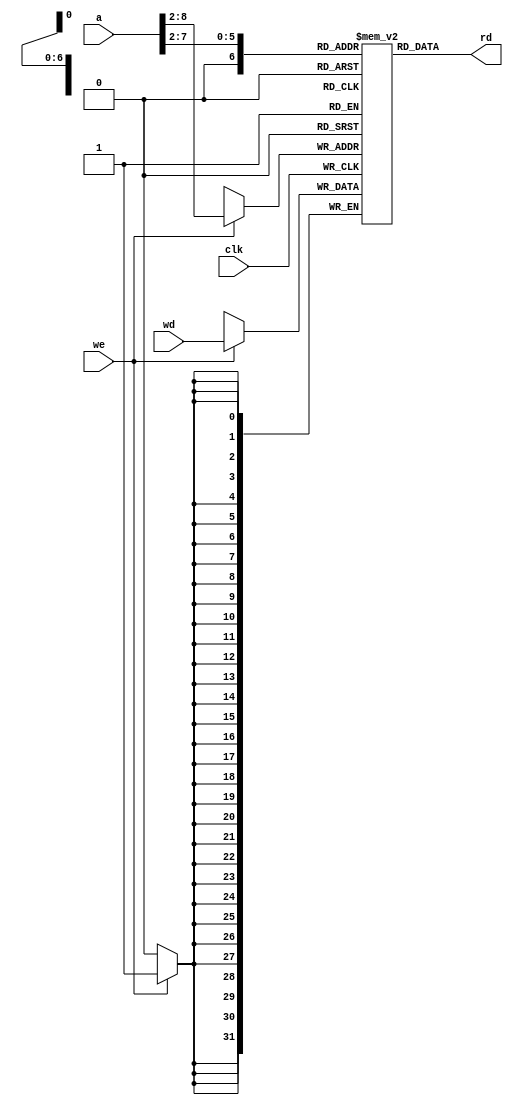
module dmem (input clk, we,
             input [31:0] a, wd,
             output [31:0] rd);

    reg [31:0] RAM [127:0];

    assign rd = RAM[a[7:2]]; // word aligned

    integer i;
    initial begin
        for (i = 0; i < 128; i = i + 1 ) begin
            RAM[i] = 32'b0;    // All registers should be initialised to zero by verilog. This is just to be safe
        end
    end

    always@(posedge clk)
        if(we) RAM[a[31:2]] <= wd;

endmodule